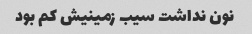
نون نداشت سیب زمینیش کم بود